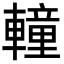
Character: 䡴